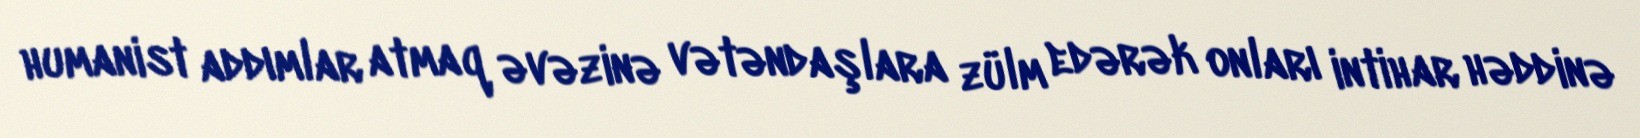
humanist addımlar atmaq əvəzinə vətəndaşlara zülm edərək onları intihar həddinə